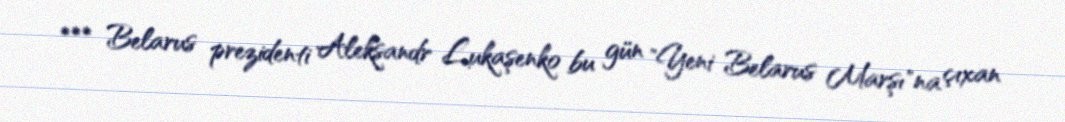
*** Belarus prezidenti Aleksandr Lukaşenko bu gün "Yeni Belarus Marşı"na çıxan